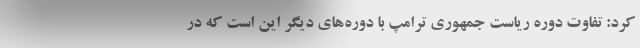
کرد: تفاوت دوره ریاست جمهوری ترامپ با دوره‌های دیگر این است که در